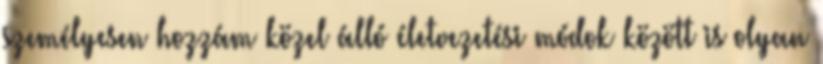
személyesen hozzám közel álló életvezetési módok között is olyan